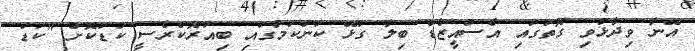
އޭނާ ވިދާޅުވި ގޮތުގައި އެސްއީޒެޑް ބިލާ ގުޅޭ ކަންކަމުގައި ބިއުރޮކްރެސީ ކުޑަކޮށް "ކުޑަ